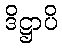
ဒိဋ္ဌာပိ